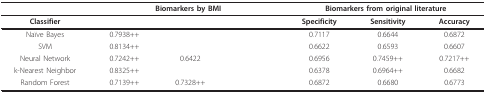
<table><thead><tr><td>[EMPTY_CELL]</td><td colspan="3"><b>Biomarkers by BMI</b></td><td colspan="3"><b>Biomarkers from original literature</b></td></tr></thead><tbody><tr><td><b>Classifier</b></td><td>[EMPTY_CELL]</td><td>[EMPTY_CELL]</td><td>[EMPTY_CELL]</td><td><b>Specificity</b></td><td><b>Sensitivity</b></td><td><b>Accuracy</b></td></tr><tr><td>Naïve Bayes</td><td>0.7938++</td><td>[EMPTY_CELL]</td><td>[EMPTY_CELL]</td><td>0.7117</td><td>0.6644</td><td>0.6872</td></tr><tr><td>SVM</td><td>0.8134++</td><td>[EMPTY_CELL]</td><td>[EMPTY_CELL]</td><td>0.6622</td><td>0.6593</td><td>0.6607</td></tr><tr><td>Neural Network</td><td>0.7242++</td><td>0.6422</td><td>[EMPTY_CELL]</td><td>0.6956</td><td>0.7459++</td><td>0.7217++</td></tr><tr><td>k-Nearest Neighbor</td><td>0.8325++</td><td>[EMPTY_CELL]</td><td>[EMPTY_CELL]</td><td>0.6378</td><td>0.6964++</td><td>0.6682</td></tr><tr><td>Random Forest</td><td>0.7139++</td><td>0.7328++</td><td>[EMPTY_CELL]</td><td>0.6872</td><td>0.6680</td><td>0.6773</td></tr></tbody></table>